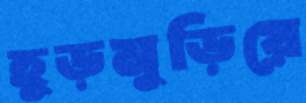
হুড়মুড়িয়ে